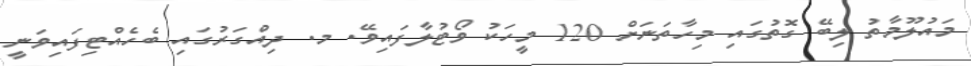
މައުލޫމާތު ލިބޭ ގޮތުގައި މިހާތަނަށް 120 މީހަކު ވޯޓުލާފައިވޭ. މ. ދިއްގަރުގައި ބެހެއްޓިފައިވަނީ